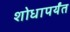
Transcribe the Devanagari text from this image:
शोधापर्यंत